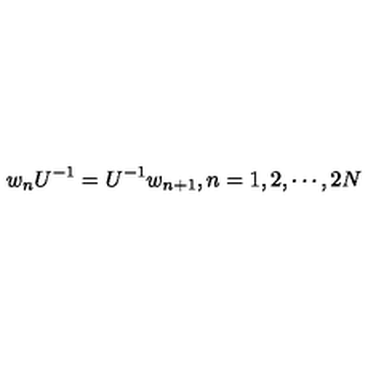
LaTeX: w _ { n } U ^ { - 1 } = U ^ { - 1 } w _ { n + 1 } , n = 1 , 2 , \cdots , 2 N